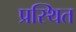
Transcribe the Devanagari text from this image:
प्रस्थित